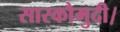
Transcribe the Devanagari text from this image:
सारकौमुदी।